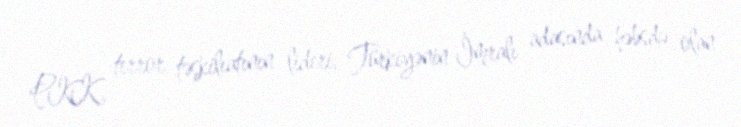
PKK terror təşkilıatının lideri, Türkiyənin İmralı adasında həbsdə olan